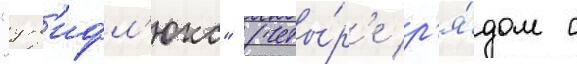
"ун'ифл'юкс" (четы́р'е р'я́дом с